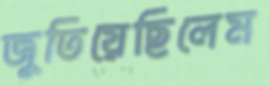
জুতিয়েছিলেম